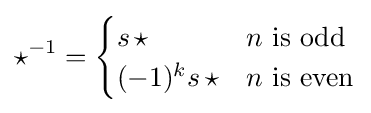
{\star }^{-1}={\begin{cases}s\,{\star }&n{\text{ is odd}}\\(-1)^{k}s\,{\star }&n{\text{ is even}}\end{cases}}